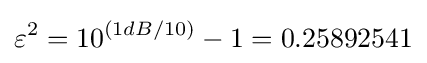
\varepsilon ^{2}=10^{(1dB/10)}-1=0.25892541